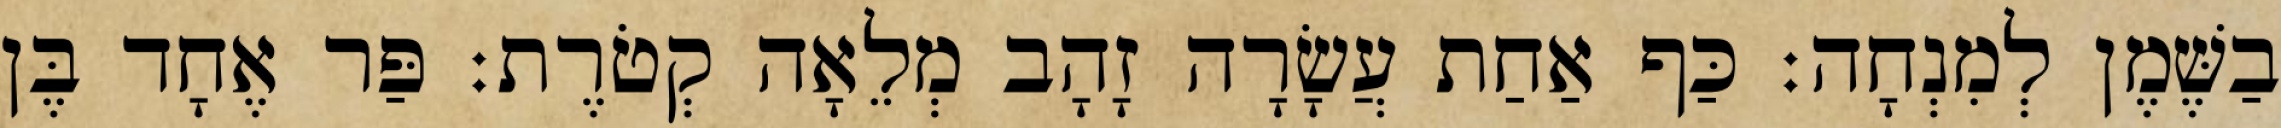
בַשֶּׁמֶן לְמִנְחָה׃ כַּף אַחַת עֲשָׂרָה זָהָב מְלֵאָה קְטֹרֶת׃ פַּר אֶחָד בֶּן